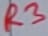
Text: R3